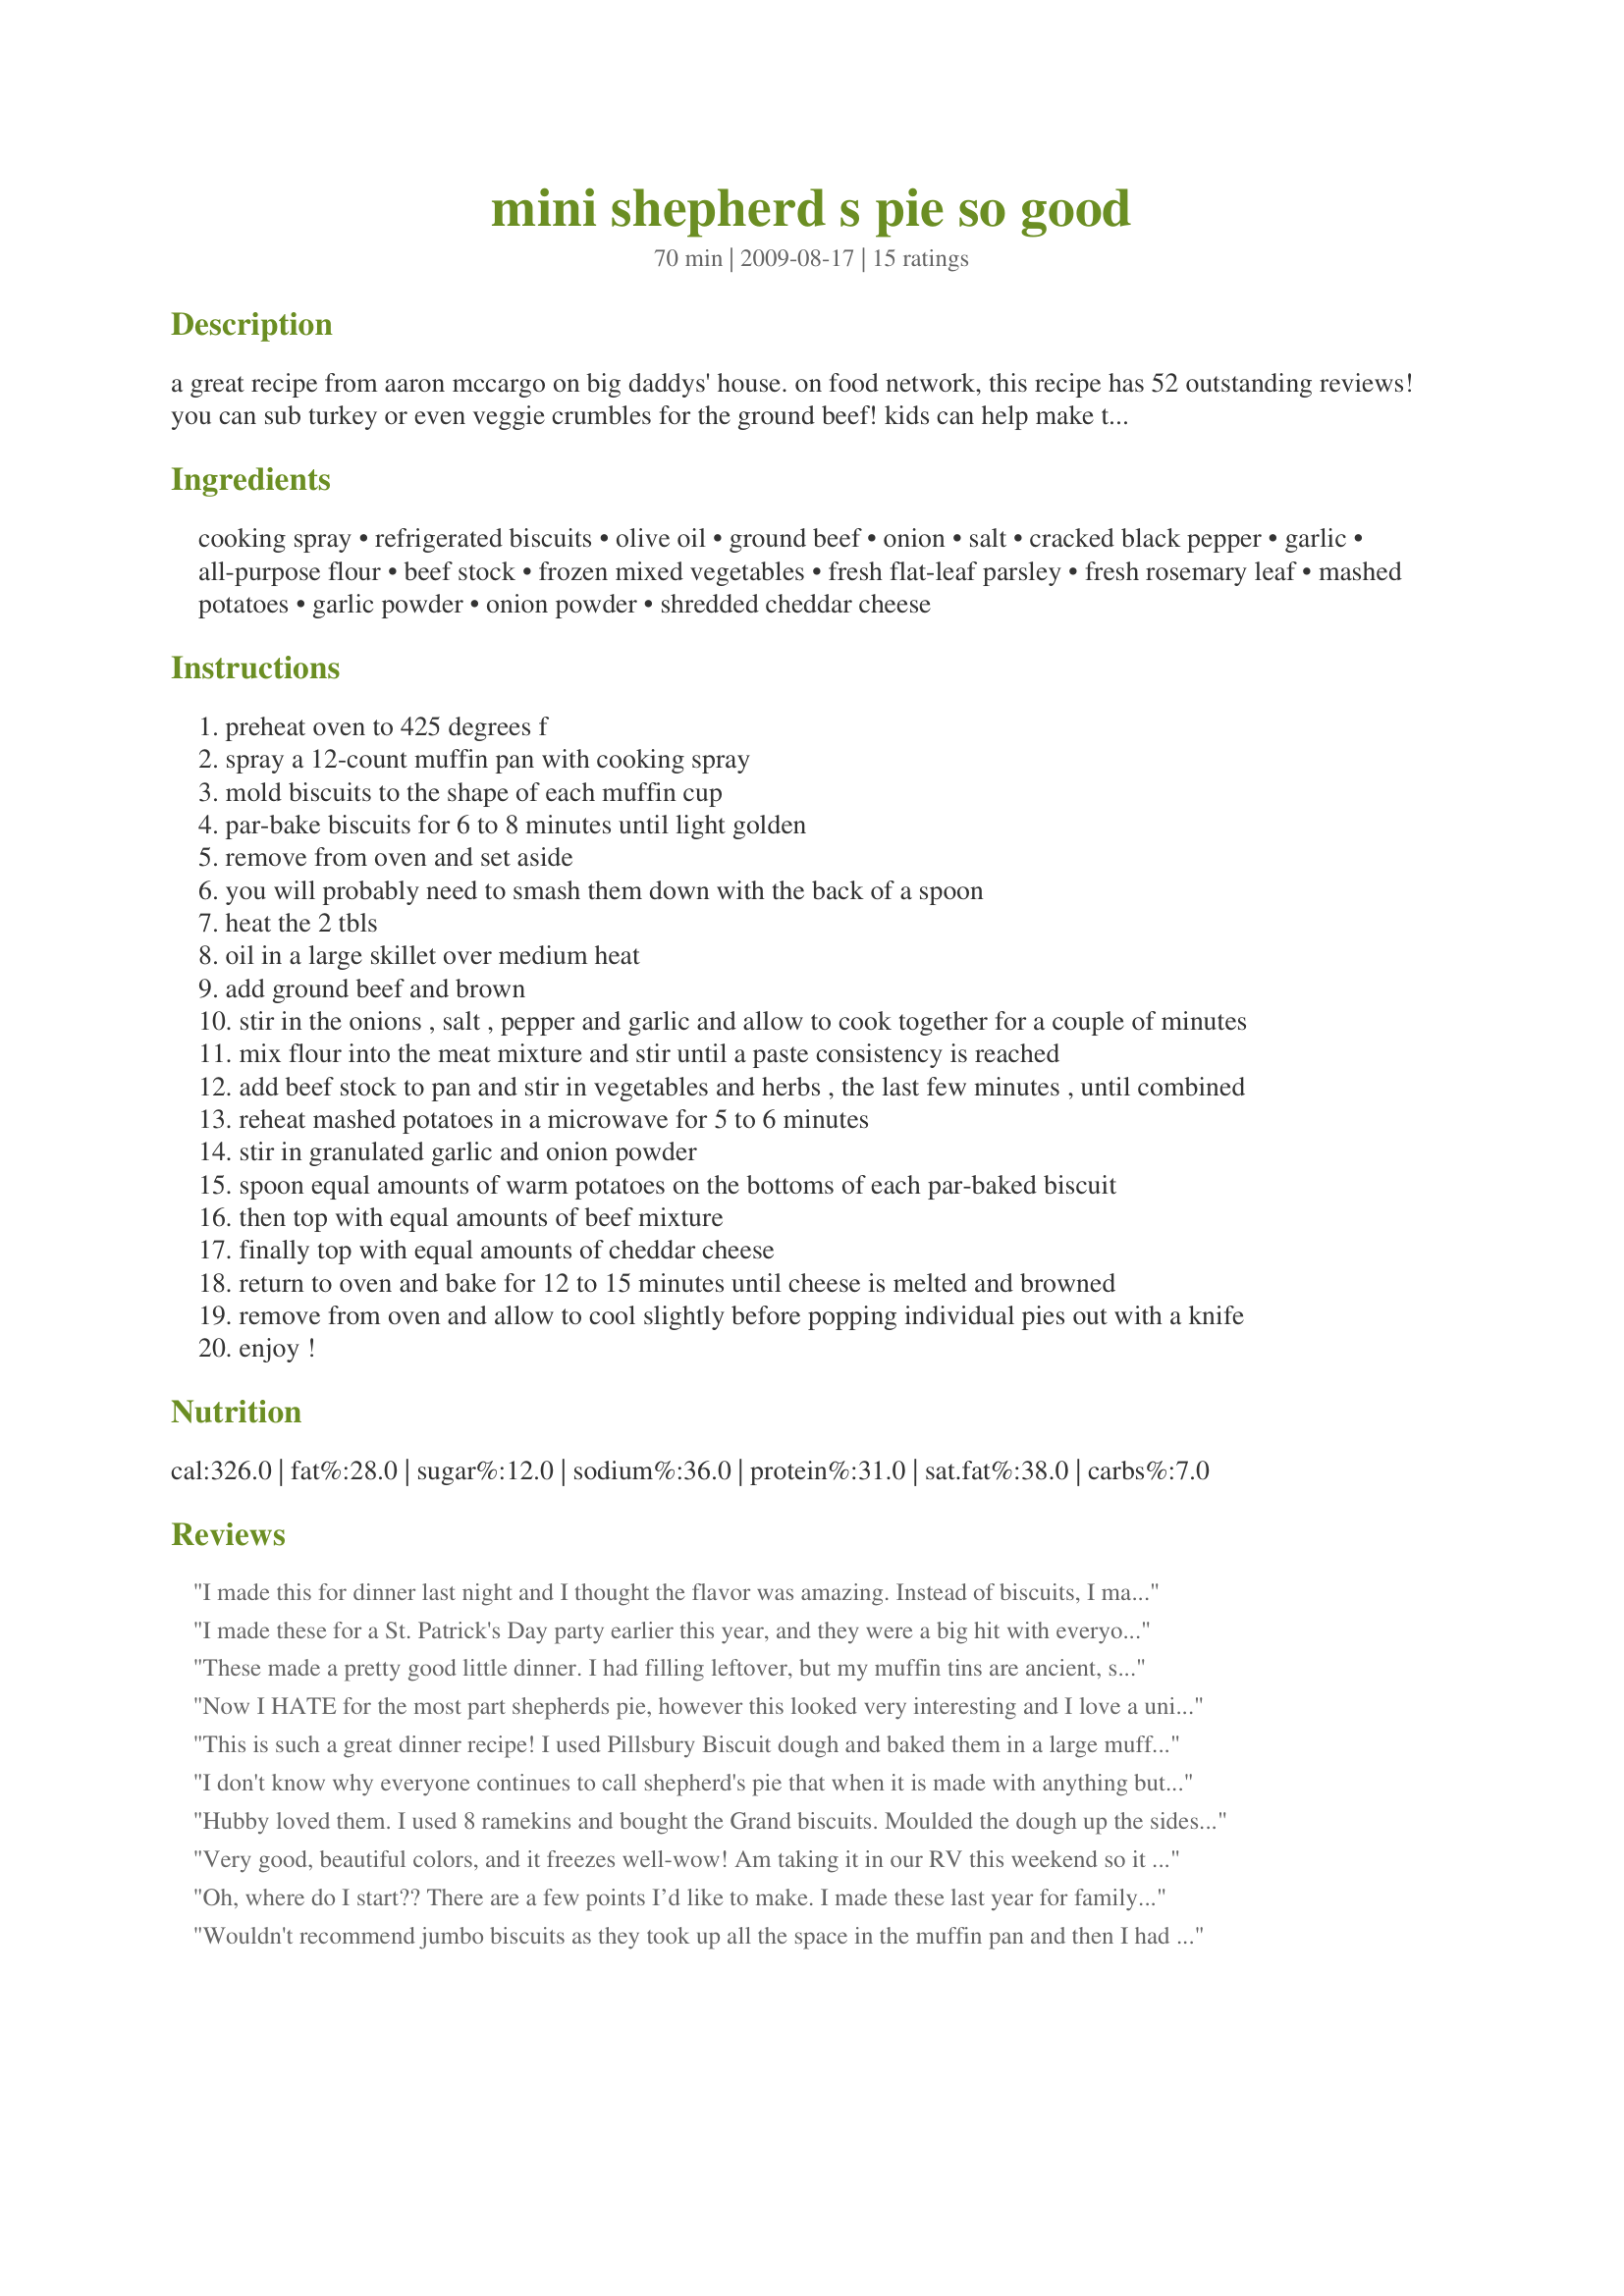
mini shepherd s pie so good
Preparation time: 70 minutes

a great recipe from aaron mccargo on big daddys' house. on food network, this recipe has 52 outstanding reviews! you can sub turkey or even veggie crumbles for the ground beef! kids can help make this dish and have fun doing it! this can also be made in a 9x13" pan. this is good frozen and microwaved. great to take in your lunch bag, to a picnic, or to a tailgate party! enjoy! a little history:
the key to dating shepherd's pie is the introduction (and acceptance) of potatoes in england. potatoes are a new world food. they were first introduced to europe in 1520 by the spanish. potatoes did not appeal to the british palate until the 18th century. (foods america gave the world, a. hyatt verrill, page 28). shepherd's pie, a dish of minced meat (usually lamb, when made with beef it is called "cottage pie") topped with mashed potatoes was probably invented sometime in the 18th century by frugal peasant housewives looking for creative ways to serve leftover meat to their families. it is generally agreed that it originated in the north of england and scotland where there are large numbers of sheep--hence the name. the actual phrase "shepherd's pie" dates back to the 1870s, when mincing machines made the shredding of meat easy and popular."

Ingredients:
cooking spray, refrigerated biscuits, olive oil, ground beef, onion, salt, cracked black pepper, garlic, all-purpose flour, beef stock, frozen mixed vegetables, fresh flat-leaf parsley, fresh rosemary leaf, mashed potatoes, garlic powder, onion powder, shredded cheddar cheese

Steps:
preheat oven to 425 degrees f
spray a 12-count muffin pan with cooking spray
mold biscuits to the shape of each muffin cup
par-bake biscuits for 6 to 8 minutes until light golden
remove from oven and set aside
you will probably need to smash them down with the back of a spoon
heat the 2 tbls
oil in a large skillet over medium heat
add ground beef and brown
stir in the onions , salt , pepper and garlic and allow to cook together for a couple of minutes
mix flour into the meat mixture and stir until a paste consistency is reached
add beef stock to pan and stir in vegetables and herbs , the last few minutes , until combined
reheat mashed potatoes in a microwave for 5 to 6 minutes
stir in granulated garlic and onion powder
spoon equal amounts of warm potatoes on the bottoms of each par-baked biscuit
then top with equal amounts of beef mixture
finally top with equal amounts of cheddar cheese
return to oven and bake for 12 to 15 minutes until cheese is melted and browned
remove from oven and allow to cool slightly before popping individual pies out with a knife
enjoy !

Reviews:
I made this for dinner last night and I thought the flavor was amazing. Instead of biscuits, I made baked potatoes and scooped out the inside and used for the mashed potato. I didn't use the olive oil and I even drained off most of the grease. I did decrease the garlic and onion powder as I couldn't imagine using tablespoons. No matter what this recipe is called, give it a try. I'm sure you will enjoy. This recipe is a keeper. Thanks so much!
I made these for a St. Patrick's Day party earlier this year, and they were a big hit with everyone. Will make them again. I'm a little late with my review, was looking for appetizer recipe when I ran across this, it reminded me of how tasty they were. It's been awhile and I don't remember if I tweaked this recipe or not.
These made a pretty good little dinner. I had filling leftover, but my muffin tins are ancient, so the size may be a little different. (Also, probably overdid it with the veggies--just pulled some from each of the bags of veggies in the freezer.) I used leftover mashed potatoes which were already pretty seasoned with garlic and a little oversalted to begin with, so didn't add the garlic or onion powder to the potatoes. Have half in the freezer to take for lunches. The other leftovers reheated pretty well. Thanks for posting! Made for Zaar Cookbook tag. FYI: These do freeze pretty well; easy to take out for lunches to be reheated.
Now I HATE for the most part shepherds pie, however this looked very interesting and I love a unique approach.

These were really really good and I will definitely make them again. A nice twist on a classic, but so much better.
This is such a great dinner recipe! I used Pillsbury Biscuit dough and baked them in a large muffin pan. Did pretty much everything as the recipe stated except for using dried rosemary instead of fresh leaves. They turned out gorgeous and delicious. I agree with Kyene that it would be even better if there&#039;s some sort of sauce suggested to go with these mini pies. Overall, awesome recipe!
I don't know why everyone continues to call shepherd's pie that when it is made with anything but lamb shepherd's pie is made with ground lamb hence the word Shepherd if it doesn't have ground lamb then it's cottage pie
Hubby loved them. I used 8 ramekins and bought the Grand biscuits. Moulded the dough up the sides making sure there were no holes in the bottom dough.
Very good, beautiful colors, and it freezes well-wow! Am taking it in our RV this weekend so it will be easy peasy at Union Bay. I think there is too much garlic powder in the potato aspect. I used only 1 teaspoon of garlic powder and 1 teaspoon of onion powder, next time I would probably eliminate it and use 1 teaspoon of the onion powder still. But garlic is a matter of personal preference as we all know. Fairly easy to do, too. I bought the Pillsbury Grands which only had 8 biscuits in the container so I snipped some off those 8 to get the other 4 biscuits and squished it together. When I put them in the tin I spread them out and when they came out after the prebaking aspect I smashed them down again. For the second baking, 5 minutes was enough. I also used much less cheese as I was worried about it melting off. Thank you Sharon123 for a keeper. Made for Theirs, Yours, & Mine tag game.
Oh, where do I start?? There are a few points I’d like to make. I made these last year for family &amp; again this year as part of a spread for St Paddy's day (spinach pancakes, smoothies etc) for Irish people who helped me with my house. Lamb Shepherd's Pie is authentic for most of the UK &amp; Ireland, particularly for Wales with our large export of mutton meat; we do have a large beef industry in North Wales as well though (for Cottage Pie). However, I do not eat mammals so I use veggy mince (called 'crumbles' here) so I don't care what I call it other than the mouthful of 'vegetarian mince covered with mashed potatoes’ - with apologists to all purists here (as I get irritated when criticised over generalisations EG saying Scotch Egg, when I use a nut mix, not meat sausage). I had no idea what ‘biscuits’ were here last year, except it was obviously not what I thought it was – a very hard stick or other shape of flour &amp; sugar, baked &amp; eaten as a treat or offered to visitors. I used pastry; I did this year too even though I have since seen Southern recipes &amp; see that ‘biscuits’ are what Brits would think of as ‘scones’ – soft &amp; usually sugary served with butter, jam &amp; thick cream, though, without sugar, they can be savoury &amp; placed on top of a bake (instead of mashed potatoes) which we refer to as ‘cobbler’. I used pastry last year &amp; this year, my experimentation with Southern recipes having been postponed (the dough of U.S. biscuits &amp; U.K. scones are not always the same ratio of ingredients). Some want a sauce, the picture shows the mini-pies on a tray of salad leaves, obviously meant to be served at a buffet for St Paddy’s Day – cottage/shepherd’s pie can be served with anything, gravy usually, but, at a buffet, ketchup, mustard or mayo is fine, it doesn’t have to be shown here. Historically, I was taught that the reason potatoes (and tomatoes too) were shunned in the UK was not so much that they were thought unpalatable, but that they were not mentioned in the Bible, there are references to this. Lastly, the description says that “frugal peasant housewives looked for creative ways to use leftover meat”. Peasant housewives did NOT have “leftover meat” in the 1700’s; they couldn’t afford it &amp; besides, agricultural societies can only support daily ‘muscle meat’ for a small coterie of privileged people. Peasants, my grandparents, cooked stews of root veg on an open fire with PERHAPS a ham bone or meagre beef neck bones which don’t cook well; this diet was common in coal-pit villages of 20th Century Britain &amp; America as well as with agricultural workers. Cheese on top is also a modern invention; my parent’s generation had bread with butter OR jam OR cheese – the thought of putting cheese on meat would have been outrageous!!
Wouldn't recommend jumbo biscuits as they took up all the space in the muffin pan and then I had enough left over meat and veggie mixture that I could make a pie tin of crustless meat/veggie, mashed potatoes and cheese casserole. Flavor was good but even with the 1 teaspoon of garlic powder and onion powder instead of the tablespoons recommended, I probably would lessen even more since I had chopped up onion and minced garlic already in the mixture. I used ground turkey and chicken broth. Good comfort food!
So yummy! Very excited to find something new to make with the same ol' ground beef. The fiance' suggest cornbread instead of biscuits and I think he might be on to something. I wished there was maybe a light sauce or gravy or something to go with them. I ended up using a small amount of Ketchup and Mustard on mine, without overcoming their flavors. Overall, very good. Thanks!
What a great recipe...the meat filling is outstanding....took them to a pot luck, they were the first thing eaten, even over the corned beef and cabbage. I will use regular size biscuits next time, grands were too much bread.
I make cottage pie with a jar of gravy added to the meat mixture. It gives it that extra flavor that you might be craving.
These are so cute and just delicious! Went together like a charm - thanks for posting!
Surely a shepherds pie is made with lamb???? It's very tasty however it's not Shepherds pie
